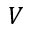
V